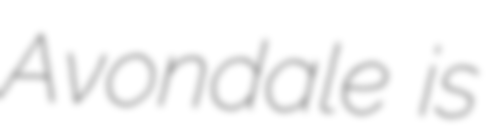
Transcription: Avondale is